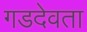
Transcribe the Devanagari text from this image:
गडदेवता